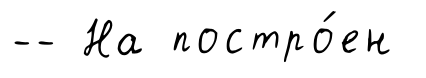
-- На постро́ен